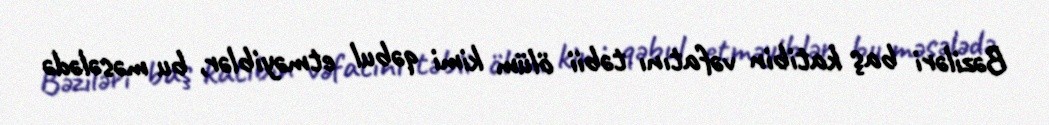
Bəziləri baş katibin vəfatını təbii ölüm kimi qəbul etməyiblər, bu məsələdə